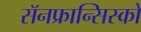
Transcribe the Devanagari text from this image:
सॅनफ्रान्सिस्को